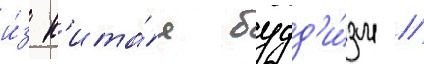
и́з к'ита́я будд'и́зм //